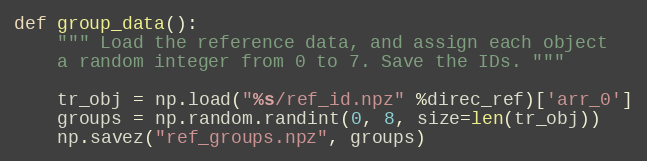
Language: Python
def group_data():
    """ Load the reference data, and assign each object
    a random integer from 0 to 7. Save the IDs. """

    tr_obj = np.load("%s/ref_id.npz" %direc_ref)['arr_0']
    groups = np.random.randint(0, 8, size=len(tr_obj))
    np.savez("ref_groups.npz", groups)